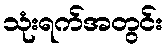
သုံးရက်အတွင်း